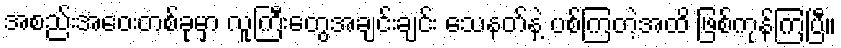
အစည်းအဝေးတစ်ခုမှာ လူကြီးတွေအချင်းချင်း သေနတ်နဲ့ ပစ်ကြတဲ့အထိ ဖြစ်ကုန်ကြပြီ။